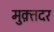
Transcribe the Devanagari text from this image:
मुक़्तदर